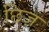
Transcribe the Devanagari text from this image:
छिज़